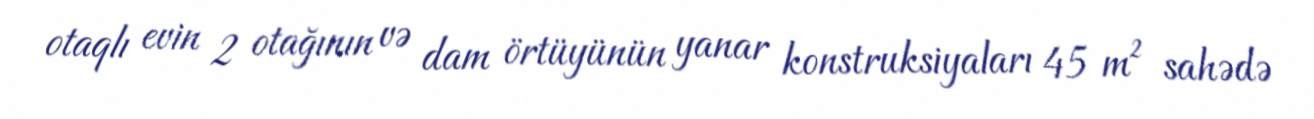
otaqlı evin 2 otağının və dam örtüyünün yanar konstruksiyaları 45 m² sahədə